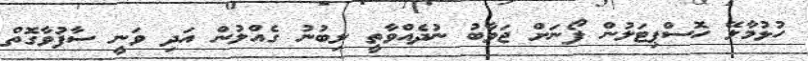
ހުޅުމާލޭ ހޮސްޕިޓަލުން ފޯނަށް ޖަވާބު ނުދެއްވާތީ ލިބުނު ގެއްލުން އަދި ވަނީ ސާފުވާގޮތް